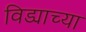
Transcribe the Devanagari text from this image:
विड्याच्‍या